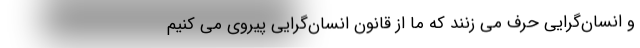
و انسان‌گرایی حرف می زنند که ما از قانون انسان‌گرایی پیروی می کنیم